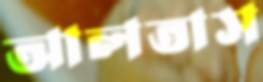
আলতাস